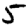
Digit: 5